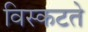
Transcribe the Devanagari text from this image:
विस्कटते